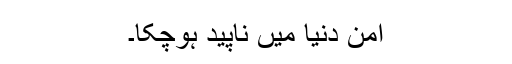
امن دنیا میں ناپید ہوچکا۔